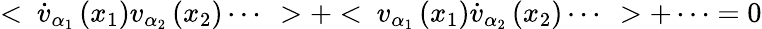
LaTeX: <~\dot{v}_{\alpha_{1}}\left(x_{1}\right)v_{\alpha_{2}}\left(x_{2}\right)\cdots~>+<~v_{\alpha_{1}}\left(x_{1}\right)\dot{v}_{\alpha_{2}}\left(x_{2}\right)\cdots~>+\cdots=0